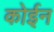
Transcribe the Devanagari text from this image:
कोईन